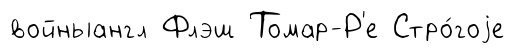
войныангл Флэш Томар-Р'е Стро́гоjе